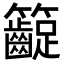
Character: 𥸛